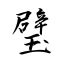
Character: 璧